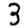
Digit: 3